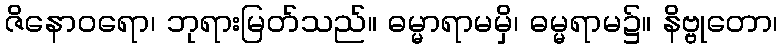
ဇိနောဝရော၊ ဘုရားမြတ်သည်။ ဓမ္မာရာမမှိ၊ ဓမ္မရာမ၌။ နိဗ္ဗုတော၊